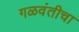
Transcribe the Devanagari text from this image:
गळवंतीचा